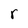
Character: r